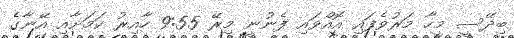
ބިދޭސީ މީހާ މަރުވެފައި އޮއްވައި ފެނުނީ މިރޭ 9:55 ހާއިރު ކަމަށާއި އޭނާގެ